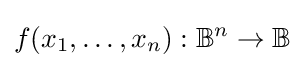
f(x_{1},\ldots ,x_{n}):\mathbb {B} ^{n}\to \mathbb {B}